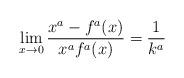
LaTeX: \begin{align*}\lim_{x \to 0} \frac{x^a-f^a(x)}{x^af^a(x)}=\dfrac{1}{k^a}\end{align*}